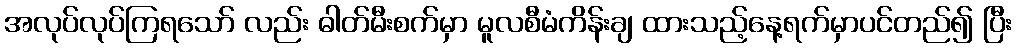
အလုပ်လုပ်ကြရသော် လည်း ဓါတ်မီးစက်မှာ မူလစီမံကိန်းချ ထားသည့်နေ့ရက်မှာပင်တည်၍ ပြီး